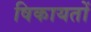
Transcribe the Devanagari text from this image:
षिकायतों